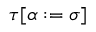
\tau [ \alpha : = \sigma ]